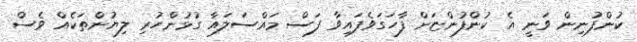
ކުންފުނިން ވަނީ އެ ކުންފުންޏަށް ފާހަގަވެފައިވާ ފަސް މައްސަލައާ ގުޅުންހުރި ލިޔުންތަކެއް ވެސް